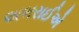
અભરાઈએ